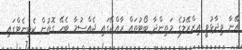
އޭނާ ވިދާޅުވީ އިޒްރޭލުގެ މަތިންދާ ބޯޓުތައް ރާއްޖޭގައި ޖެއްސުމާ ބެހޭ ގޮތުން ކެބިނެޓްގައި